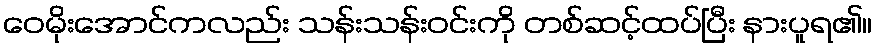
ဝေမိုးအောင်ကလည်း သန်းသန်းဝင်းကို တစ်ဆင့်ထပ်ပြီး နားပူရ၏။